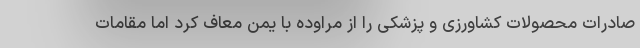
صادرات محصولات کشاورزی و پزشکی را از مراوده با یمن معاف کرد اما مقامات